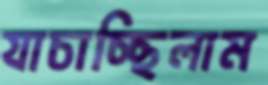
যাচাচ্ছিলাম